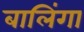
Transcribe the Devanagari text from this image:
बालिंगा